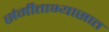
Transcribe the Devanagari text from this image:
संगीताभ्यासात